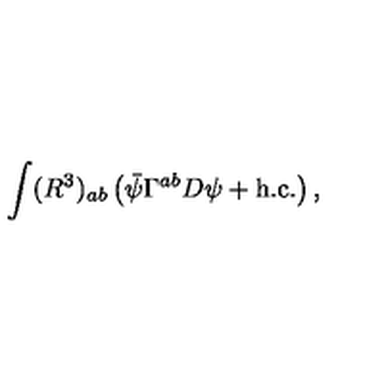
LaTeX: \int ( R ^ { 3 } ) _ { a b } \left( \bar { \psi } \Gamma ^ { a b } D \psi + \mathrm { h . c . } \right) ,